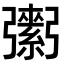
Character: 𢐾